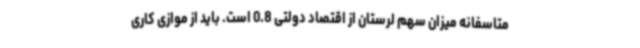
متاسفانه میزان سهم لرستان از اقتصاد دولتی 0.8 است. باید از موازی کاری